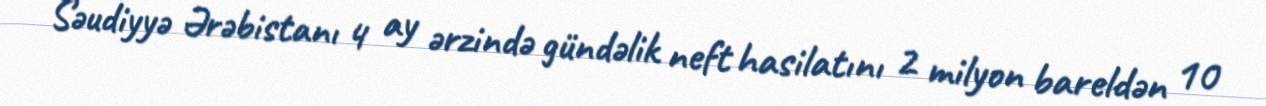
Səudiyyə Ərəbistanı 4 ay ərzində gündəlik neft hasilatını 2 milyon bareldən 10